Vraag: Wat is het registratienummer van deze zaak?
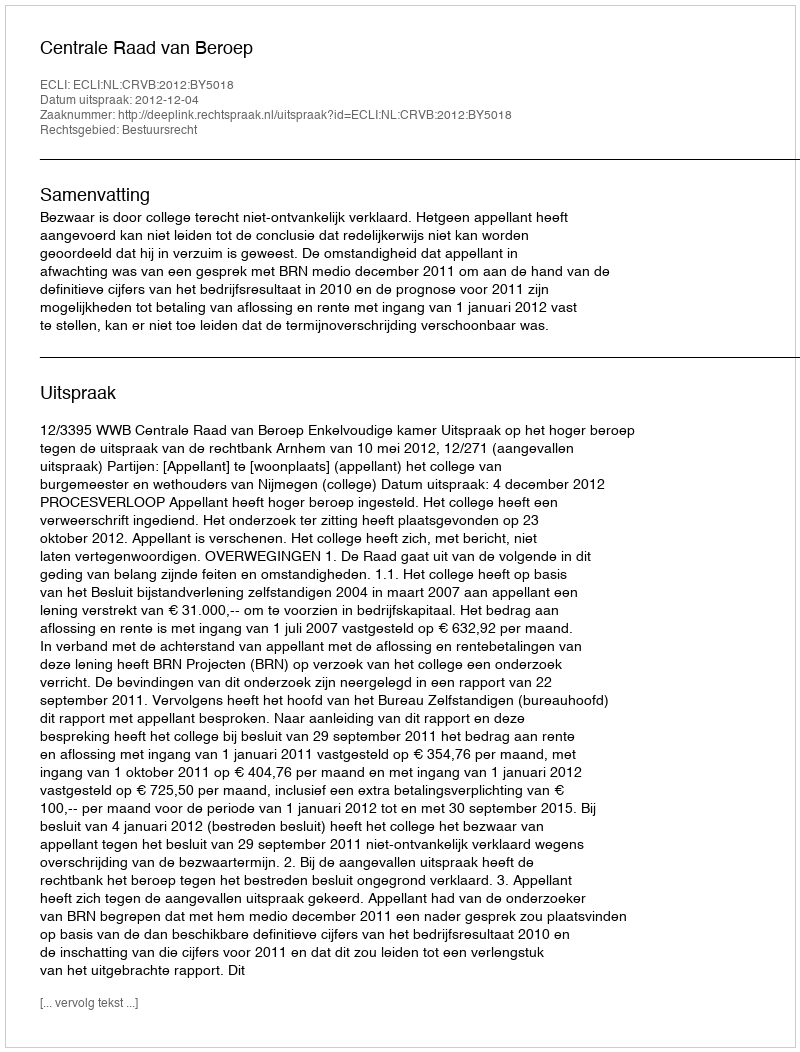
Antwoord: http://deeplink.rechtspraak.nl/uitspraak?id=ECLI:NL:CRVB:2012:BY5018